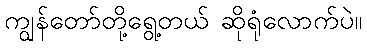
ကျွန်တော်တို့ရွေ့တယ် ဆိုရုံလောက်ပဲ။